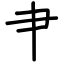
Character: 肀